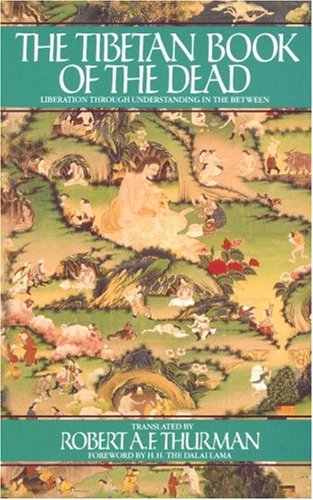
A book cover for The Tibetan Book of the Dead: The Great Book of Natural Liberation Through Understanding in the Between; Religion & Spirituality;